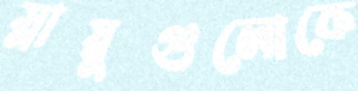
স্নায়ুগুলোকে